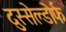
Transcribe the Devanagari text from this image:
दुस्सेल्डोर्फ